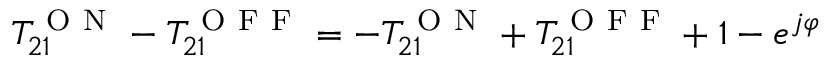
T _ { 2 1 } ^ { \mathrm { ~ O ~ N ~ } } - T _ { 2 1 } ^ { \mathrm { ~ O ~ F ~ F ~ } } = - T _ { 2 1 } ^ { \mathrm { ~ O ~ N ~ } } + T _ { 2 1 } ^ { \mathrm { ~ O ~ F ~ F ~ } } + 1 - e ^ { j \varphi }